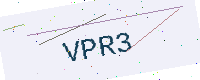
Text: VPR3